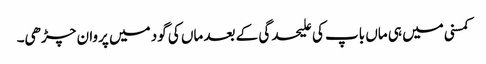
کمسنی میں ہی ماں باپ کی علیحدگی کے بعد ماں کی گود میں پروان چڑھی۔